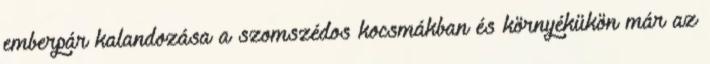
emberpár kalandozása a szomszédos kocsmákban és környékükön már az